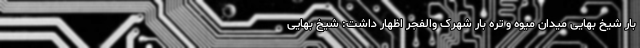
بار شیخ بهایی میدان میوه و تره بار شهرک والفجر اظهار داشت: شیخ بهایی